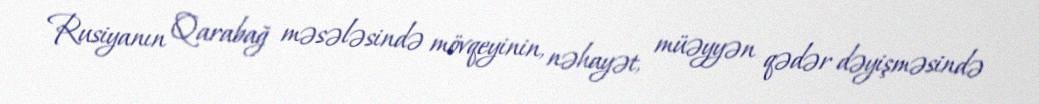
Rusiyanın Qarabağ məsələsində mövqeyinin, nəhayət, müəyyən qədər dəyişməsində